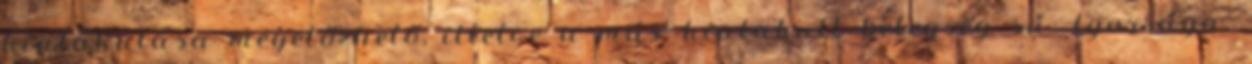
kialakulása megelőzhető, illetve a már kialakult betegség sú- lyossága.